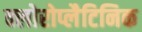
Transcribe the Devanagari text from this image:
क्लोरोप्लैटिनिक